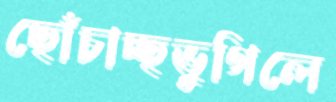
ছোঁচাচ্ছভুগিলে